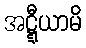
အဋ္ဋီယာမိ